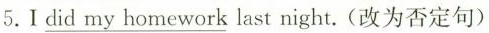
5.Ⅰ \underline{did my homework } last night.(改为否定句)